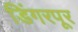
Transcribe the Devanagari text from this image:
डिंगरपूर